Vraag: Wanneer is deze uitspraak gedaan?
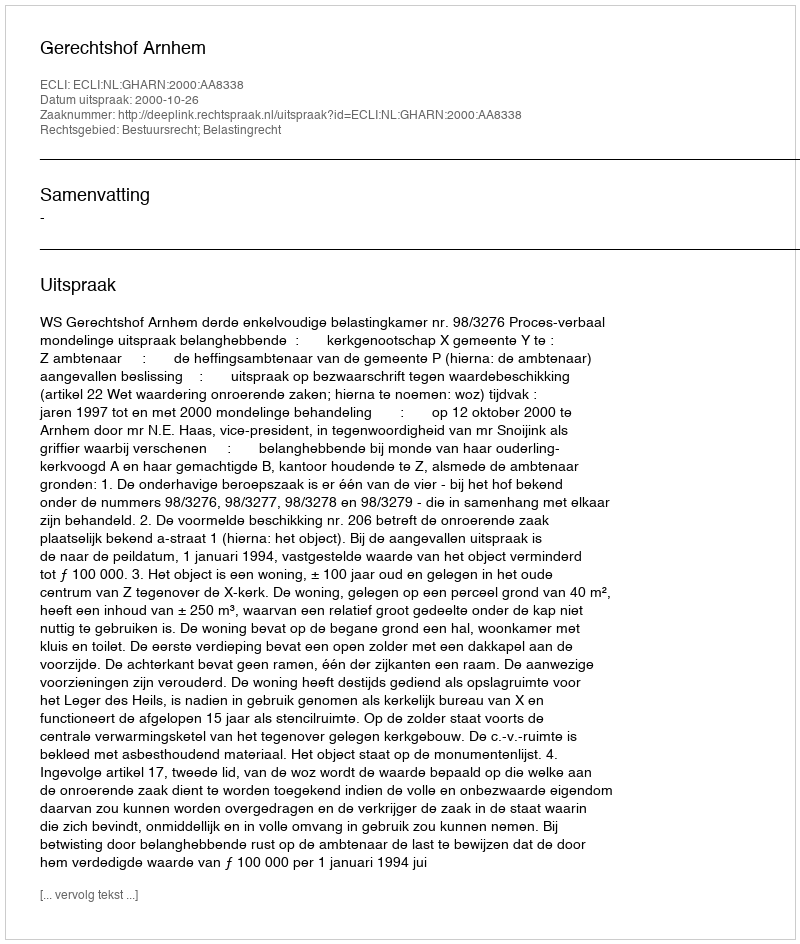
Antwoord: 2000-10-26